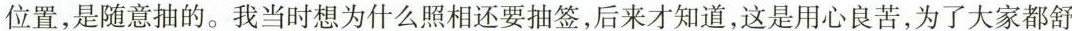
位置，是随意抽的。我当时想为什么照相还要抽签，后来才知道，这是用心良苦，为了大家都舒